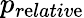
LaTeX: p_{r\mathrm{e}lativ\mathrm{e}}